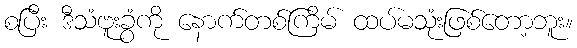
စပြီး ဒီသံဗူးခွံကို နောက်တစ်ကြိမ် ထပ်မသုံးဖြစ်တော့ဘူး။